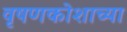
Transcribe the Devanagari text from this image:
वृषणकोशाच्या